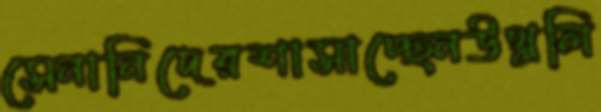
সেনানিদেরশাসাচ্ছেনউথ্‌ললি